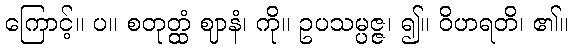
ကြောင့်။ ပ။ စတုတ္ထံ ဈာနံ၊ ကို။ ဥပသမ္ပဇ္ဇ၊ ၍။ ဝိဟရတိ၊ ၏။